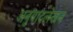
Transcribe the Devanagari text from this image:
अनुवादलेखन